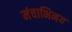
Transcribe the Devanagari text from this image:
मंचाभिनय